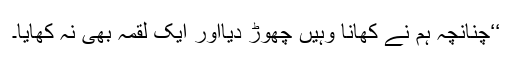
‘‘چنانچہ ہم نے کھانا وہیں چھوڑ دیااور ایک لقمہ بھی نہ کھایا۔